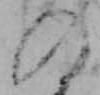
の